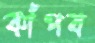
কাঁপব